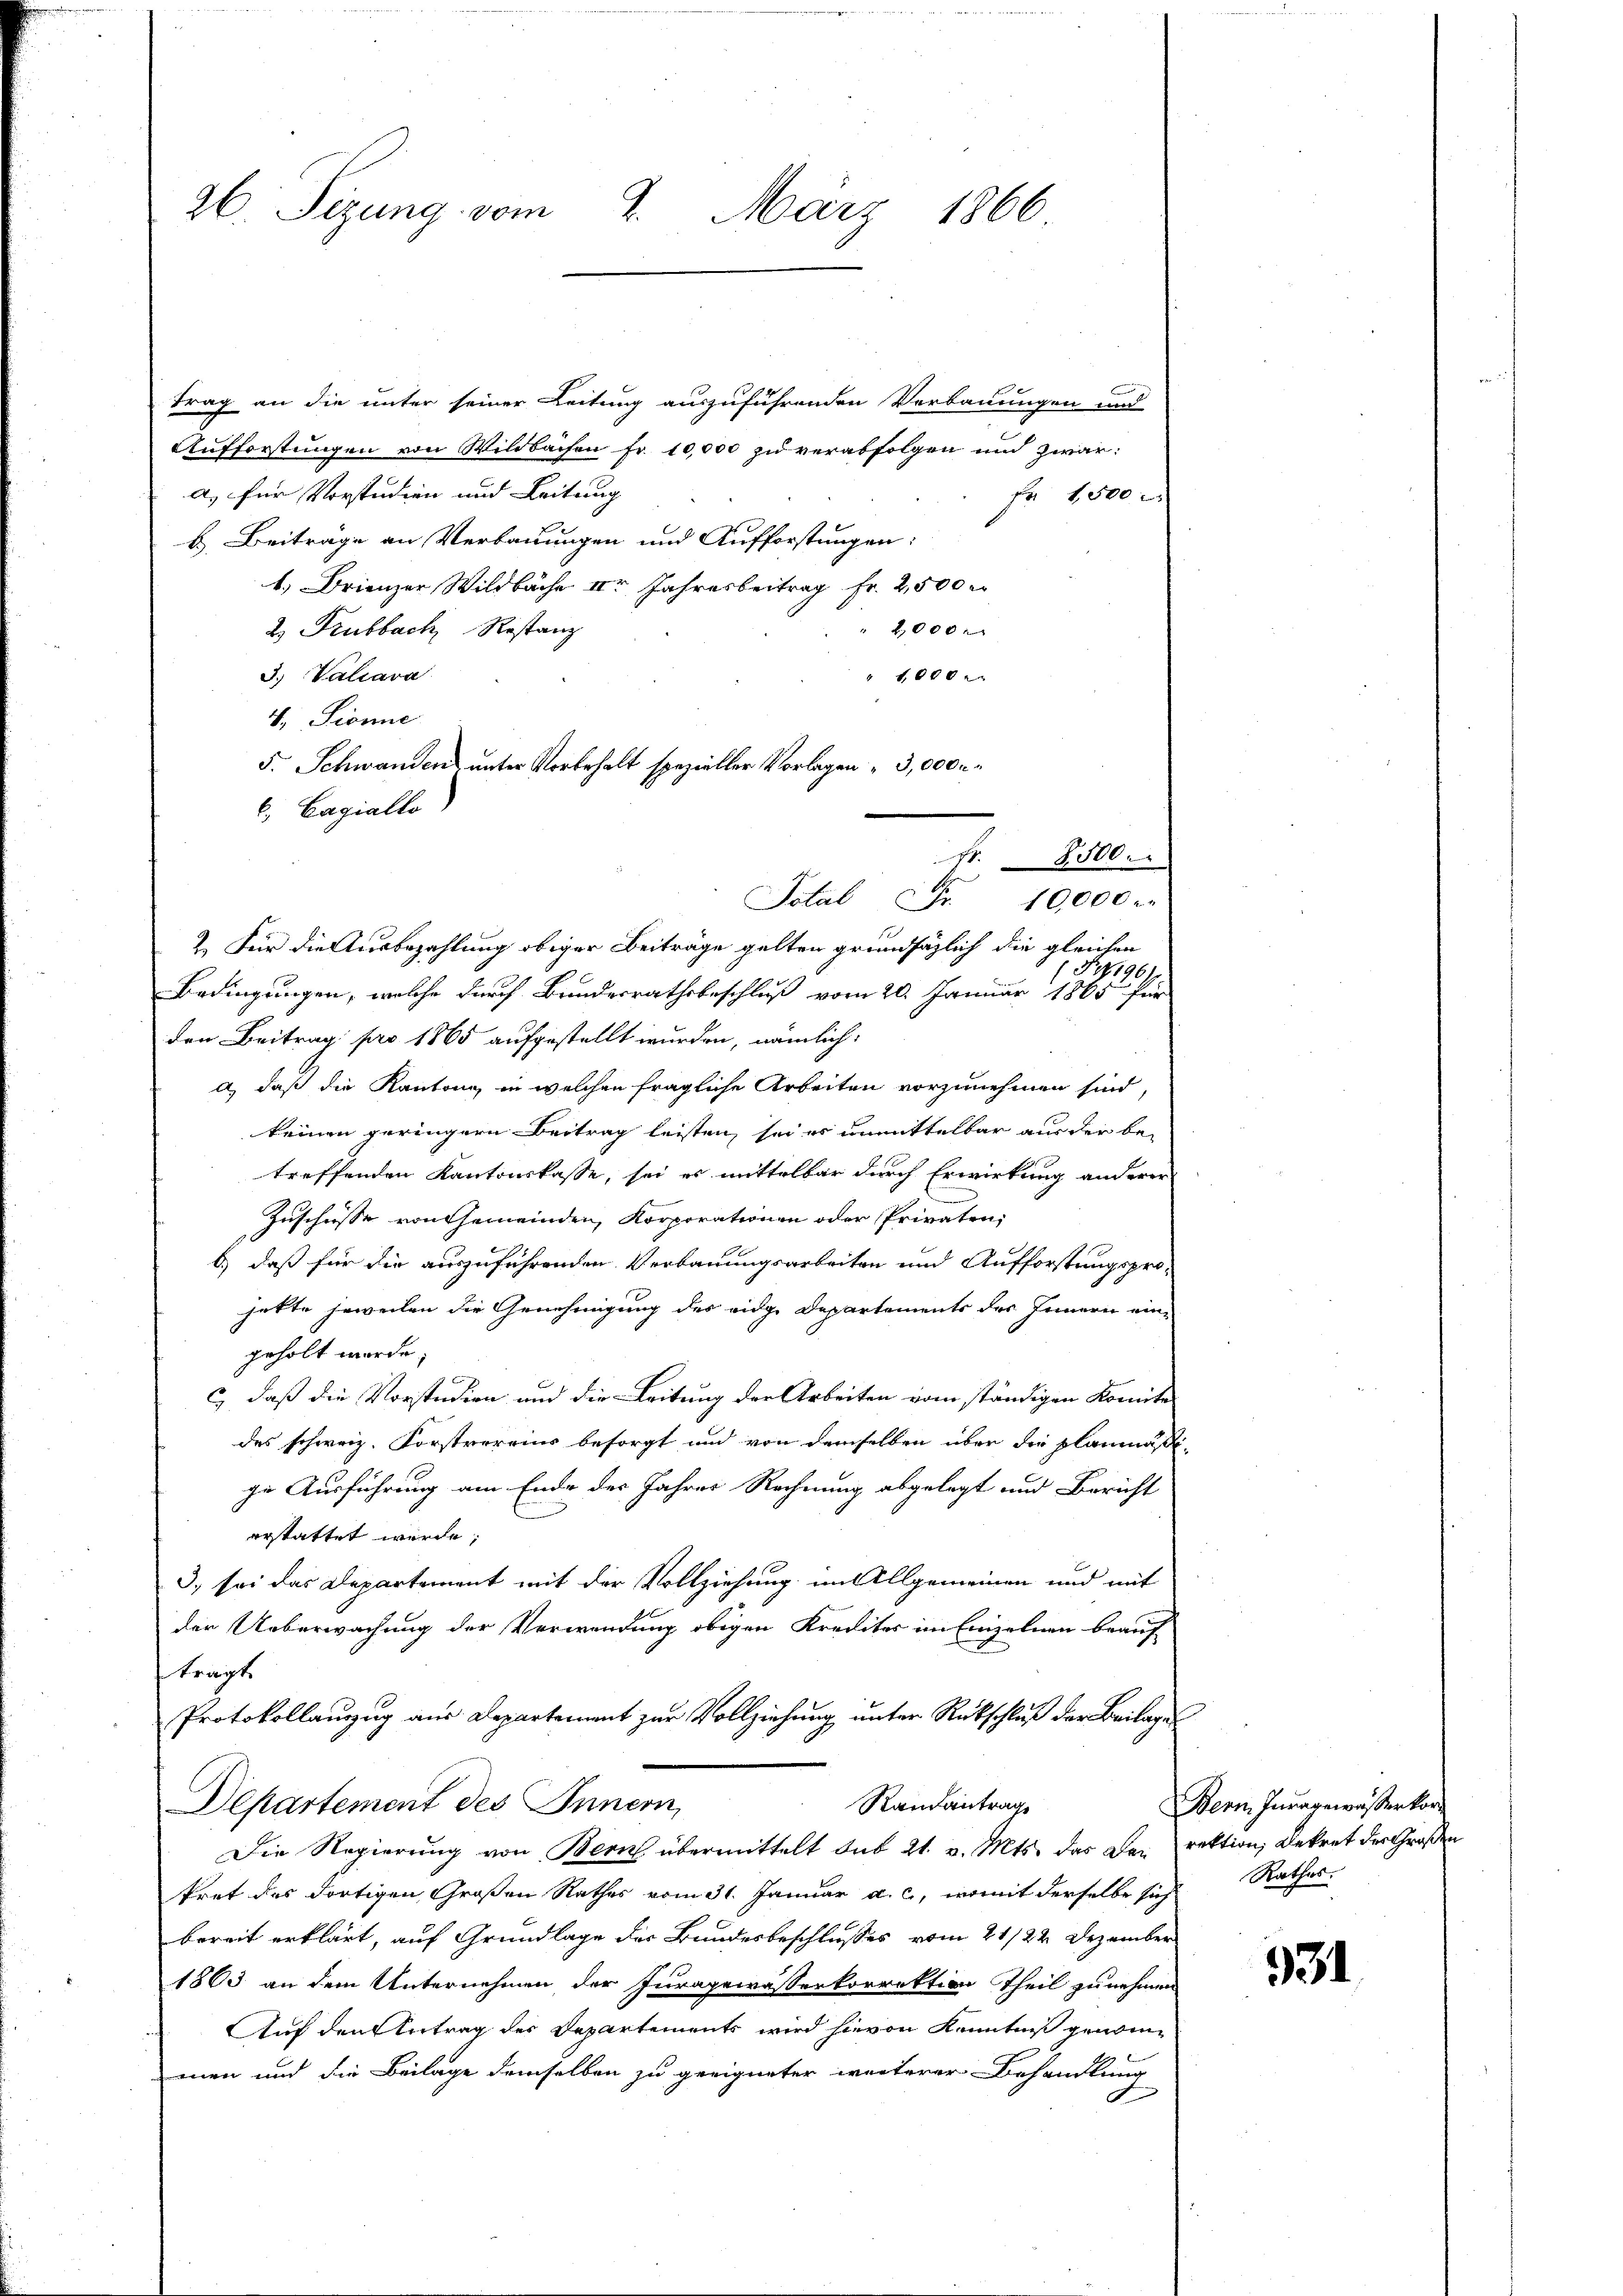
26. Sizung vom 2. März 1866

trag an die unter seiner Leitung auszuführenden Verbauungen und
Aufforstungen von Wildbachen Fr. 10,000 zu verabfolgen und zwar:
a) für Vorstudien und Leitung
b. Beiträge an Verbauungen und Aufforstungen:
1.) Frienzer Wildbache IIr Jahresbeitrag Fr. 2,500 r
2. Trubbach Restanz
 2,000.
3. Valiara
 1600 x
4. Sonne
5. Schwanden unter Vorbehalt spezieller Vorlagen 3,000 r
6.) Cagiallo
Nr. 2500.
Total Fr. 10,000 r
2.) Für die Ausbezahlung obiger Beiträge gelten grundsätzlich die gleichen
(Pf196.
Bedingungen, welche durch Bundesrathsbeschluß vom 20. Januar 1865 für
den Beitrag pro 1865 aufgestellt wurden, nämlich:
a) daß die Kantone, in welchen fragliche Arbeiten vorzunehmen sind,
keinen geringern Beitrag leisten, sei es unmittelbar aus der betreffenden Kantonskasse, sei es mittelbar durch Erwirkung anderer
Zuschüsse von Gemeinden, Korporationen oder Privaten,
b.) daß für die auszuführenden Verbauungsarbeiten und Aufforstungsprojette jeweilen die Genehmigung des eidge Departements des Innern eingeholt werde.
1 x
c, daß die Vorstudien und die Leitung der Arbeiten vom ständigen Komite
des schweiz. Forstvereins besorgt und von demselben über die Planmäßige Ausführung am Ende des Jahres Rechnung abgelegt und Bericht
erstattet werde;
3) sei das Departement mit der Vollziehung im Allgemeinen und mit
der Ueberwachung der Verwendung obigen Krediter im Einzelnen beauf
tragt
Protokollanzug aus Departement zur Vollziehung unter Rückschluß der Beilage
Departement des Innern,
Randantrag
Die Regierung von Bern übermittelt aus 21. v. Mts. das Der rektion, Dekret der Großen
tret des dortigen Großen Rathes vom 31. Januar a. c., womit derselbe sich Rathes
bereit erklärt, auf Grundlage der Bundesbeschlußes vom 21/22. Dezember
1863 an dem Unternehmen der Juragewasserkorrektion Theil zunehmen
Auf den Antrag der Departements wird hievon Kenntniß genomeen und die Beilage demselben zu geeigneter weiterer Behandlung
G

Fr. 1500

Bern Inragewässerkor

131